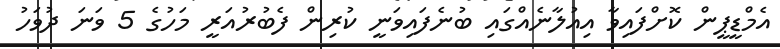
އެމްޑީޕީން ކޮށްފައިވާ އިއުލާނެއްގައި ބުނެފައިވަނީ ކުރިން ފެބުރުއަރީ މަހުގެ 5 ވަނަ ދުވަހު